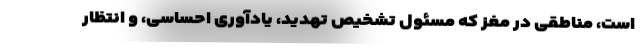
است، مناطقی در مغز که مسئول تشخیص تهدید، یادآوری احساسی، و انتظار